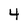
Character: 4